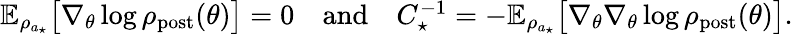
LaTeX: \begin{array}{r}{\mathbb{E}_{\rho_{a_{\star}}}\bigl[\nabla_{\theta}\log\rho_{\mathrm{post}}(\theta)\bigr]=0\quad\textrm{and}\quad C_{\star}^{-1}=-\mathbb{E}_{\rho_{a_{\star}}}\bigl[\nabla_{\theta}\nabla_{\theta}\log\rho_{\mathrm{post}}(\theta)\bigr].}\end{array}